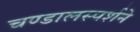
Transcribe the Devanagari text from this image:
चण्डालस्पर्शने